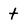
Character: t